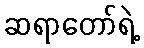
ဆရာတော်ရဲ့